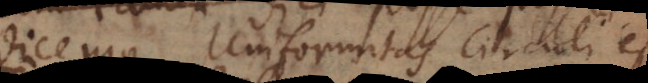
dicemus uniformitas circuli est